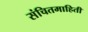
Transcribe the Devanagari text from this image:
संचितमाहिती